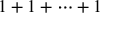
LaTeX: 1 + 1 + \cdots + 1